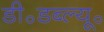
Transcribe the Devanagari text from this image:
डी॰डब्ल्यू॰